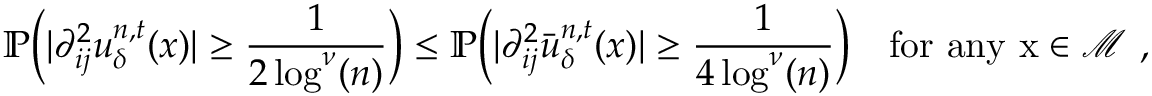
\mathbb { P } \Big ( \vert \partial _ { i j } ^ { 2 } u _ { \delta } ^ { n , t } ( x ) \vert \geq \frac { 1 } { 2 \log ^ { \nu } ( n ) } \Big ) \leq \mathbb { P } \Big ( \vert \partial _ { i j } ^ { 2 } \bar { u } _ { \delta } ^ { n , t } ( x ) \vert \geq \frac { 1 } { 4 \log ^ { \nu } ( n ) } \Big ) \quad \mathrm { f o r ~ a n y ~ x \in \mathcal { M } ~ , }